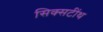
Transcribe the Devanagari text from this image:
सिक्सटींथ